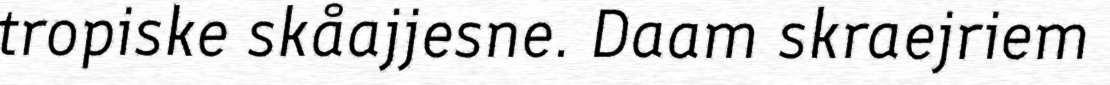
tropiske skåajjesne. Daam skraejriem